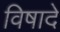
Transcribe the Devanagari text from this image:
विषादे